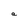
Character: a